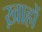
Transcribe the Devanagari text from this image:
ख़ाहों